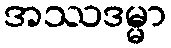
အဿဒမ္မာ